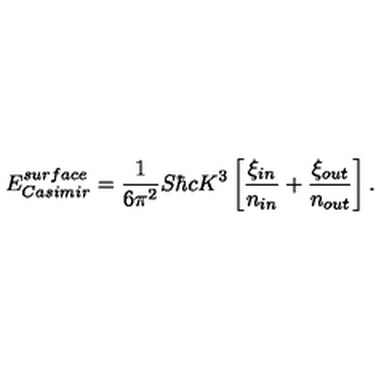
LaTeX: E _ { \small C a s i m i r } ^ { \small s u r f a c e } = { \frac { 1 } { 6 \pi ^ { 2 } } } S \hbar c K ^ { 3 } \left[ { \frac { \xi _ { \small i n } } { n _ { \small i n } } } + { \frac { \xi _ { \small o u t } } { n _ { \small o u t } } } \right] .